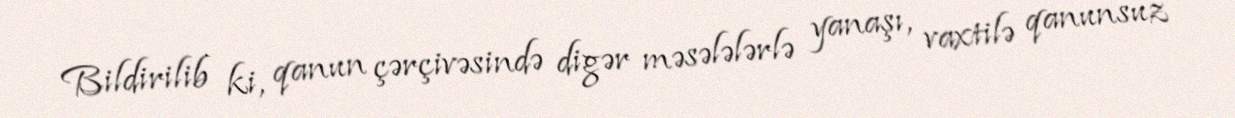
Bildirilib ki, qanun çərçivəsində digər məsələlərlə yanaşı, vaxtilə qanunsuz